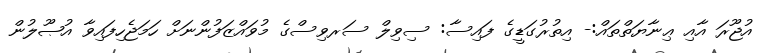
އުޖޫރަ އާއި ޢިނާޔަތްތައް:- އިތުރުގަޑީގެ ފައިސާ: ސިވިލް ސަރވިސްގެ މުވައްޒަފުންނަށް ހަމަޖެހިފައިވާ އުޞޫލުން